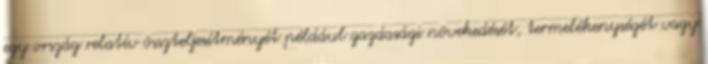
egy ország relatív összteljesítményét például gazdasági növekedését, termelékenységét vagy